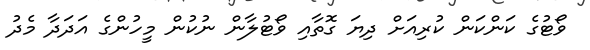
ވޯޓުގެ ކަންކަން ކުރިއަށް ދިޔަ ގޮތާއި ވޯޓުލާން ނުކުން މީހުންގެ އަދަދާ މެދު